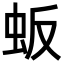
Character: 𬟸